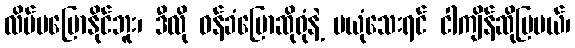
လိမ်မပြောနိုင်ဘူး၊ ဒီလို ဝန်ခံပြောဆိုရုံနဲ့ မယုံသေးရင် ငါကျိန်ဆိုပြမယ်၊